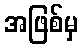
အဖြစ်မှ